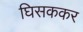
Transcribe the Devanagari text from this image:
घिसककर